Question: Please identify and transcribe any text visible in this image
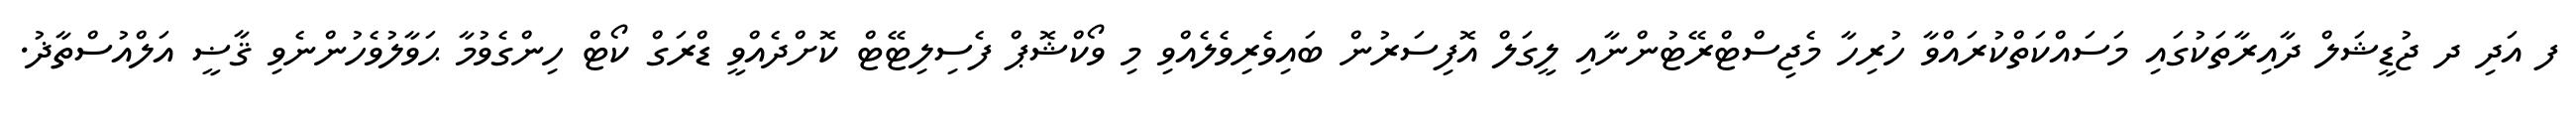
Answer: ފ އަދި ދ ޖުޑީޝަލް ދާއިރާތަކުގައި މަސައްކަތްކުރައްވާ ހުރިހާ މެޖިސްޓްރޭޓުންނާއި ލީގަލް އޮފިސަރުން ބައިވެރިވެލެއްވި މި ވޯކްޝޮޕް ފެސިލިޓޭޓް ކޮށްދެއްވީ ޑްރަގް ކޯޓް ހިންގެވުމާ ޙަވާލުވެހުންނެވި ޤާޟީ އަލްއުސްތާޛު.